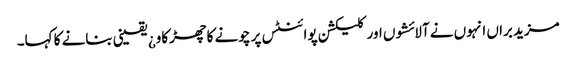
مزید براں انہوں نے آلائشوں اور کلیکشن پوائنٹس پر چونے کا چھڑکاو¿ یقینی بنانے کا کہا۔